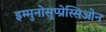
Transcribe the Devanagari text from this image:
इम्मुनोसुप्प्रेस्सिओन